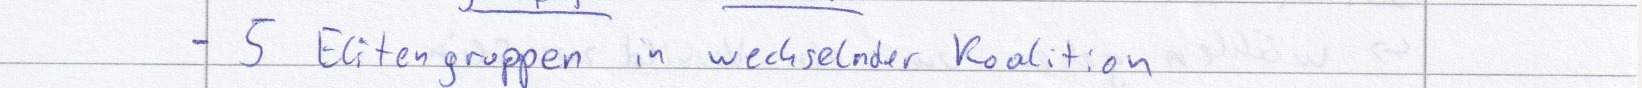
- 5 Elitengruppen in wechselnder Koalition